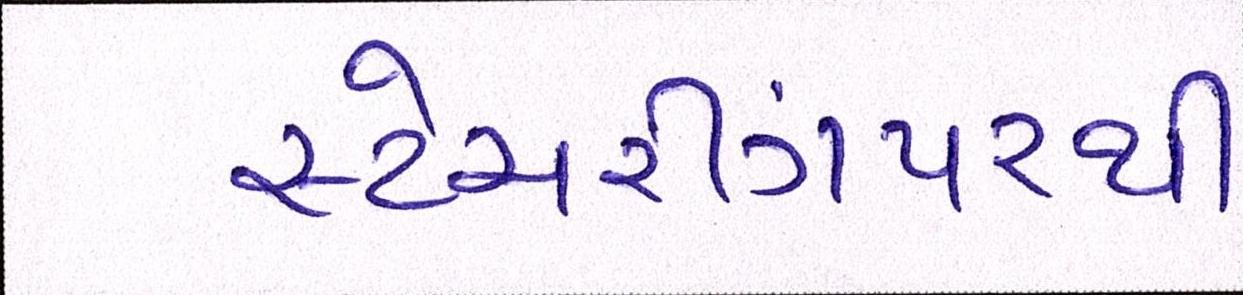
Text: સ્ટેયરીંગપરથી